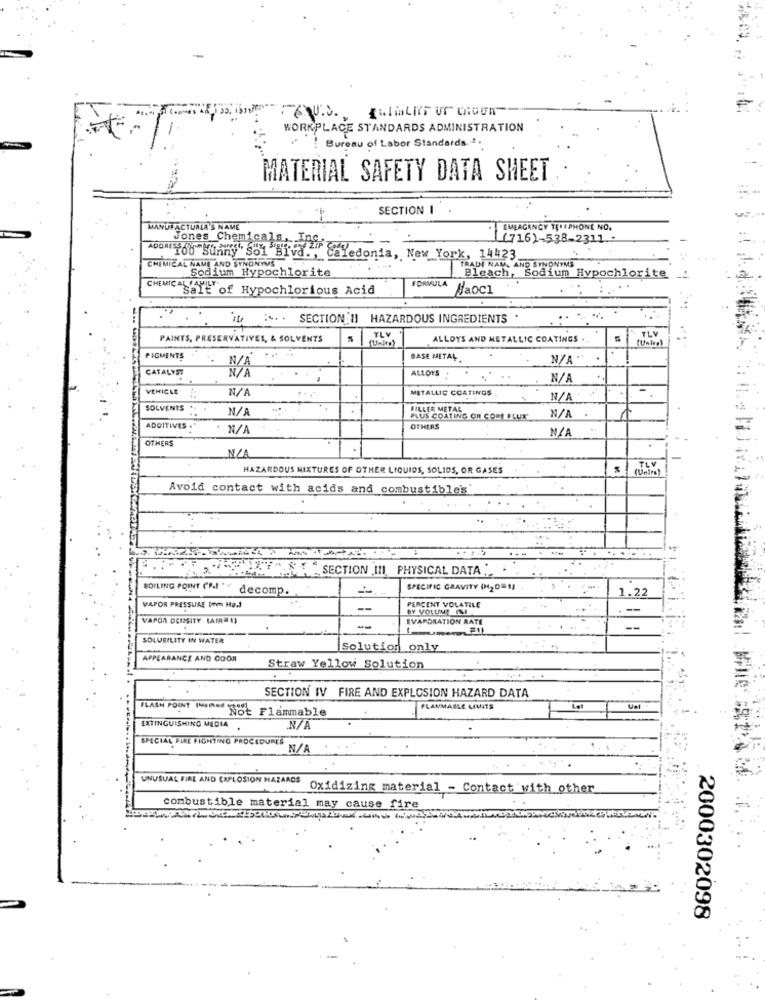
WORKPLACE STANDARDS ADMINISTRATION
Bureau of Labor Standards. 1.
MATERIAL SAFETY DATA SHEET
SECTION I
MANUFACTURLA'S NAME
EMLAGENCY TELEPHONE NO.
((716)-538-2311 .
Jones Chemicals, In&
ADOM-66 "Sunny So1 Biva." Caledonia, New York, 14423
CHEMICAL NAME AND SYNONYMS
TRADE NAME AND SYNONYMS
Sodium Hypochlorite
Bleach, Sodium Hypochlorite
CHEMICALYET of Hypochlorious Acid
FORMULA
Naocl
SECTION II HAZARDOUS INGREDIENTS
TLY
TLV
PAINTS, PRESERVATIVES, & SOLVENTS
ALLOYS AND METALLIC COATINGS .
PIGMENTS
BASE METAL
N/A *
CATALYST
N/
ALLOYS
VEHICLE
N/1
METALLIC COATINGS
SOLVENTS *
N/
FILLER METAL
PLUS COATING OR COPE FLUX
ADDITIVES
OTHERS
OTHERS
TLV
HAZARDOUS MIXTURES OF OTHER LIQUIDS, SOLIDS, OR GASES
(Unirs)
Avoid contact with acids and combustible's'
SECTION III, PHYSICAL DATA ".
BOILING POINT (MI " decomp.
SPECIFIC GRAVITY (M20= 1)
1.22
VAPOR PRESSURE [mm Hg.)
--
PERCENT VOLATILE
BY VOLUME ISI
VAPOR DENSITY (AIR=1)
EVAPORATION AATE
SOLUBILITY IN WATER
Solution only
APPEARANCE AND COOR
Straw Yellow Solution
SECTION IV FIRE AND EXPLOSION HAZARD DATA
FLASH POINT INDINES
Not Flammable
FLAMMABLE LIMITS
Let
Uel
EXTINGUISHING MEDIA .
SPECIAL FIRE FIGHTING PROCEDURES
UNUSUAL FIAL AND EXPLOSION HAZARDS
Oxidizing material - Contact with other
combustible material may cause fire
2000302098